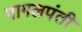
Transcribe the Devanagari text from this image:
पागलपंती